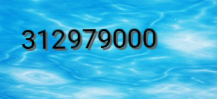
312979000